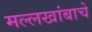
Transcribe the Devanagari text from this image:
मल्लखांबाचे